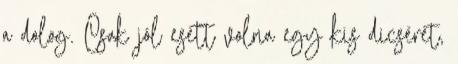
a dolog. Csak jól esett volna egy kis dicséret,